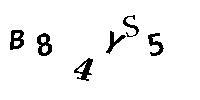
B84YS5